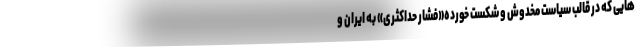
هایی که در قالب سیاست مخدوش و شکست خورده«فشار حداکثری» به ایران و